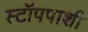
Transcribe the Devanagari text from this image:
स्टॉपपाशी